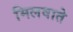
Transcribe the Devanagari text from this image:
मिलवाते